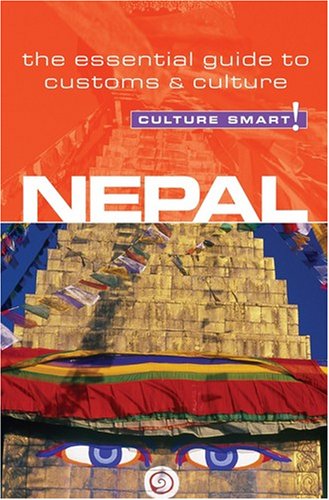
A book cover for Nepal - Culture Smart!: the essential guide to customs & culture; Tessa Feller; Business & Money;